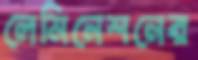
লেমিনেশনের